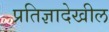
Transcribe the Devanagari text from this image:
प्रतिज्ञादेखील